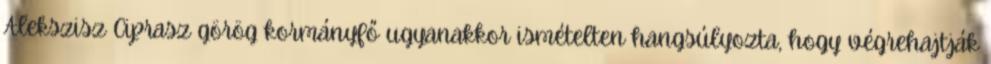
Alekszisz Ciprasz görög kormányfő ugyanakkor ismételten hangsúlyozta, hogy végrehajtják